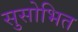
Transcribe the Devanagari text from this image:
सुसोभित